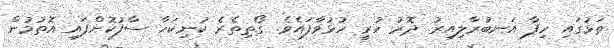
ތަޅުގައި ހިފާ އަނބުރާލިއިރު ދޮރު ހުރީ ހުޅުވާފައެވެ. ގޯތިތެރެ ކުނިކަހާ ސާފުކޮށްފައި އޮތުމުން